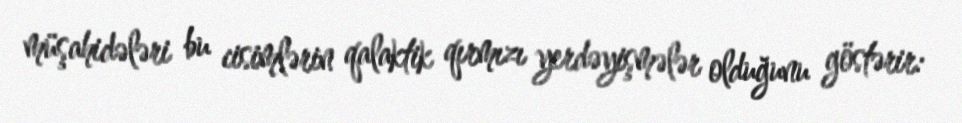
müşahidələri bu cisimlərin qalaktik qırmızı yerdəyişmələr olduğunu göstərir: